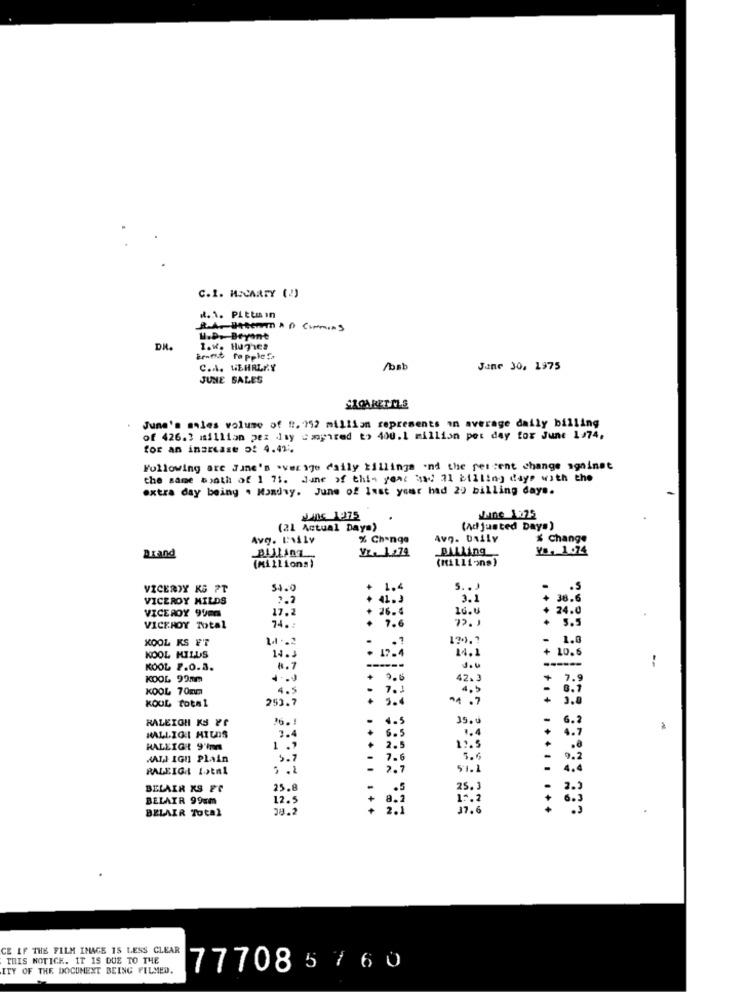
C.1. HJCARTY (2)
d.1. PLttmin
u.D.Bryant
DR.
C.A. WEHRLRY
/bab
June 30, 1975
JUNE SALES
GROARETELS
Juna's sales volume of 1. 792 millian represents an average daily billing
of 426.3 million pez iay wopired to 400.1 million pet day for June 1974,
for an increase of 4.41.
Following are Jane's sverige daily tillings .nd the percent change ogninet
the same apath of 1 75. June of this year awd 21 billing days with the
extra day being . Monday. June of Inst your had 20 billing days.
JING_1275
(21 Actual Daya)
(Adjusted Days)
Avg. LNily
% Change
Avg. Daily
% Change
Drand
Vz. 1.274
BALLing
Yo, 1.74
(Millions)
(Millions)
VICEROY KS PT
54.0
1,4
5 ..
.5
VICEROY MILDS
2.2
41.3
3.1
+ 38.6
VICEROY 9900
17.2
26.4
16.0
24.0
72.1
3.5
VICEROY Total
74.
+ 7.6
KOOL KS FT
170.
. 1.0
KOOL HILLS
14.3
14.1
+ 10.6
--
KOOL 2.0.3.
8.7
KOOL 99mm
42.3
KOOL 70mm
4.5
KOUL Total
253.7
RALEIGH KS Y
4.5
6.5
35.
MALLIGI HILDS
3.4
HALEIGH{ 9'Inn
2.5
MALI IGU Plain
7.6
RALEIGH total
4.4
........
BELAIR KS ET
25.8
BELAIR 99mm
12.5
... ..... ..
BELAIR Total
...
CE IF THE FILM IMAGE 15 LESS CLEAR
THIS NOTICE. IT IS DUE TO THE
ITY OF THE DOCUMENT BEING PILMED.
777085 7 6 0